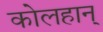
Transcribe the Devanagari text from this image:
कोलहान्